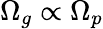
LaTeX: \Omega_{g}\propto\Omega_{p}